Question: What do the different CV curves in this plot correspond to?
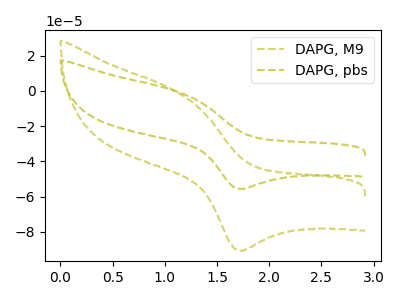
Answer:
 <answer>The olive dashed curve is labeled "DAPG, M9". The olive dashed curve is labeled "DAPG, pbs".</answer>
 <eval></eval>